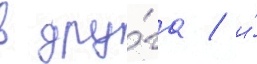
в дру́га / и́